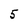
Character: 5